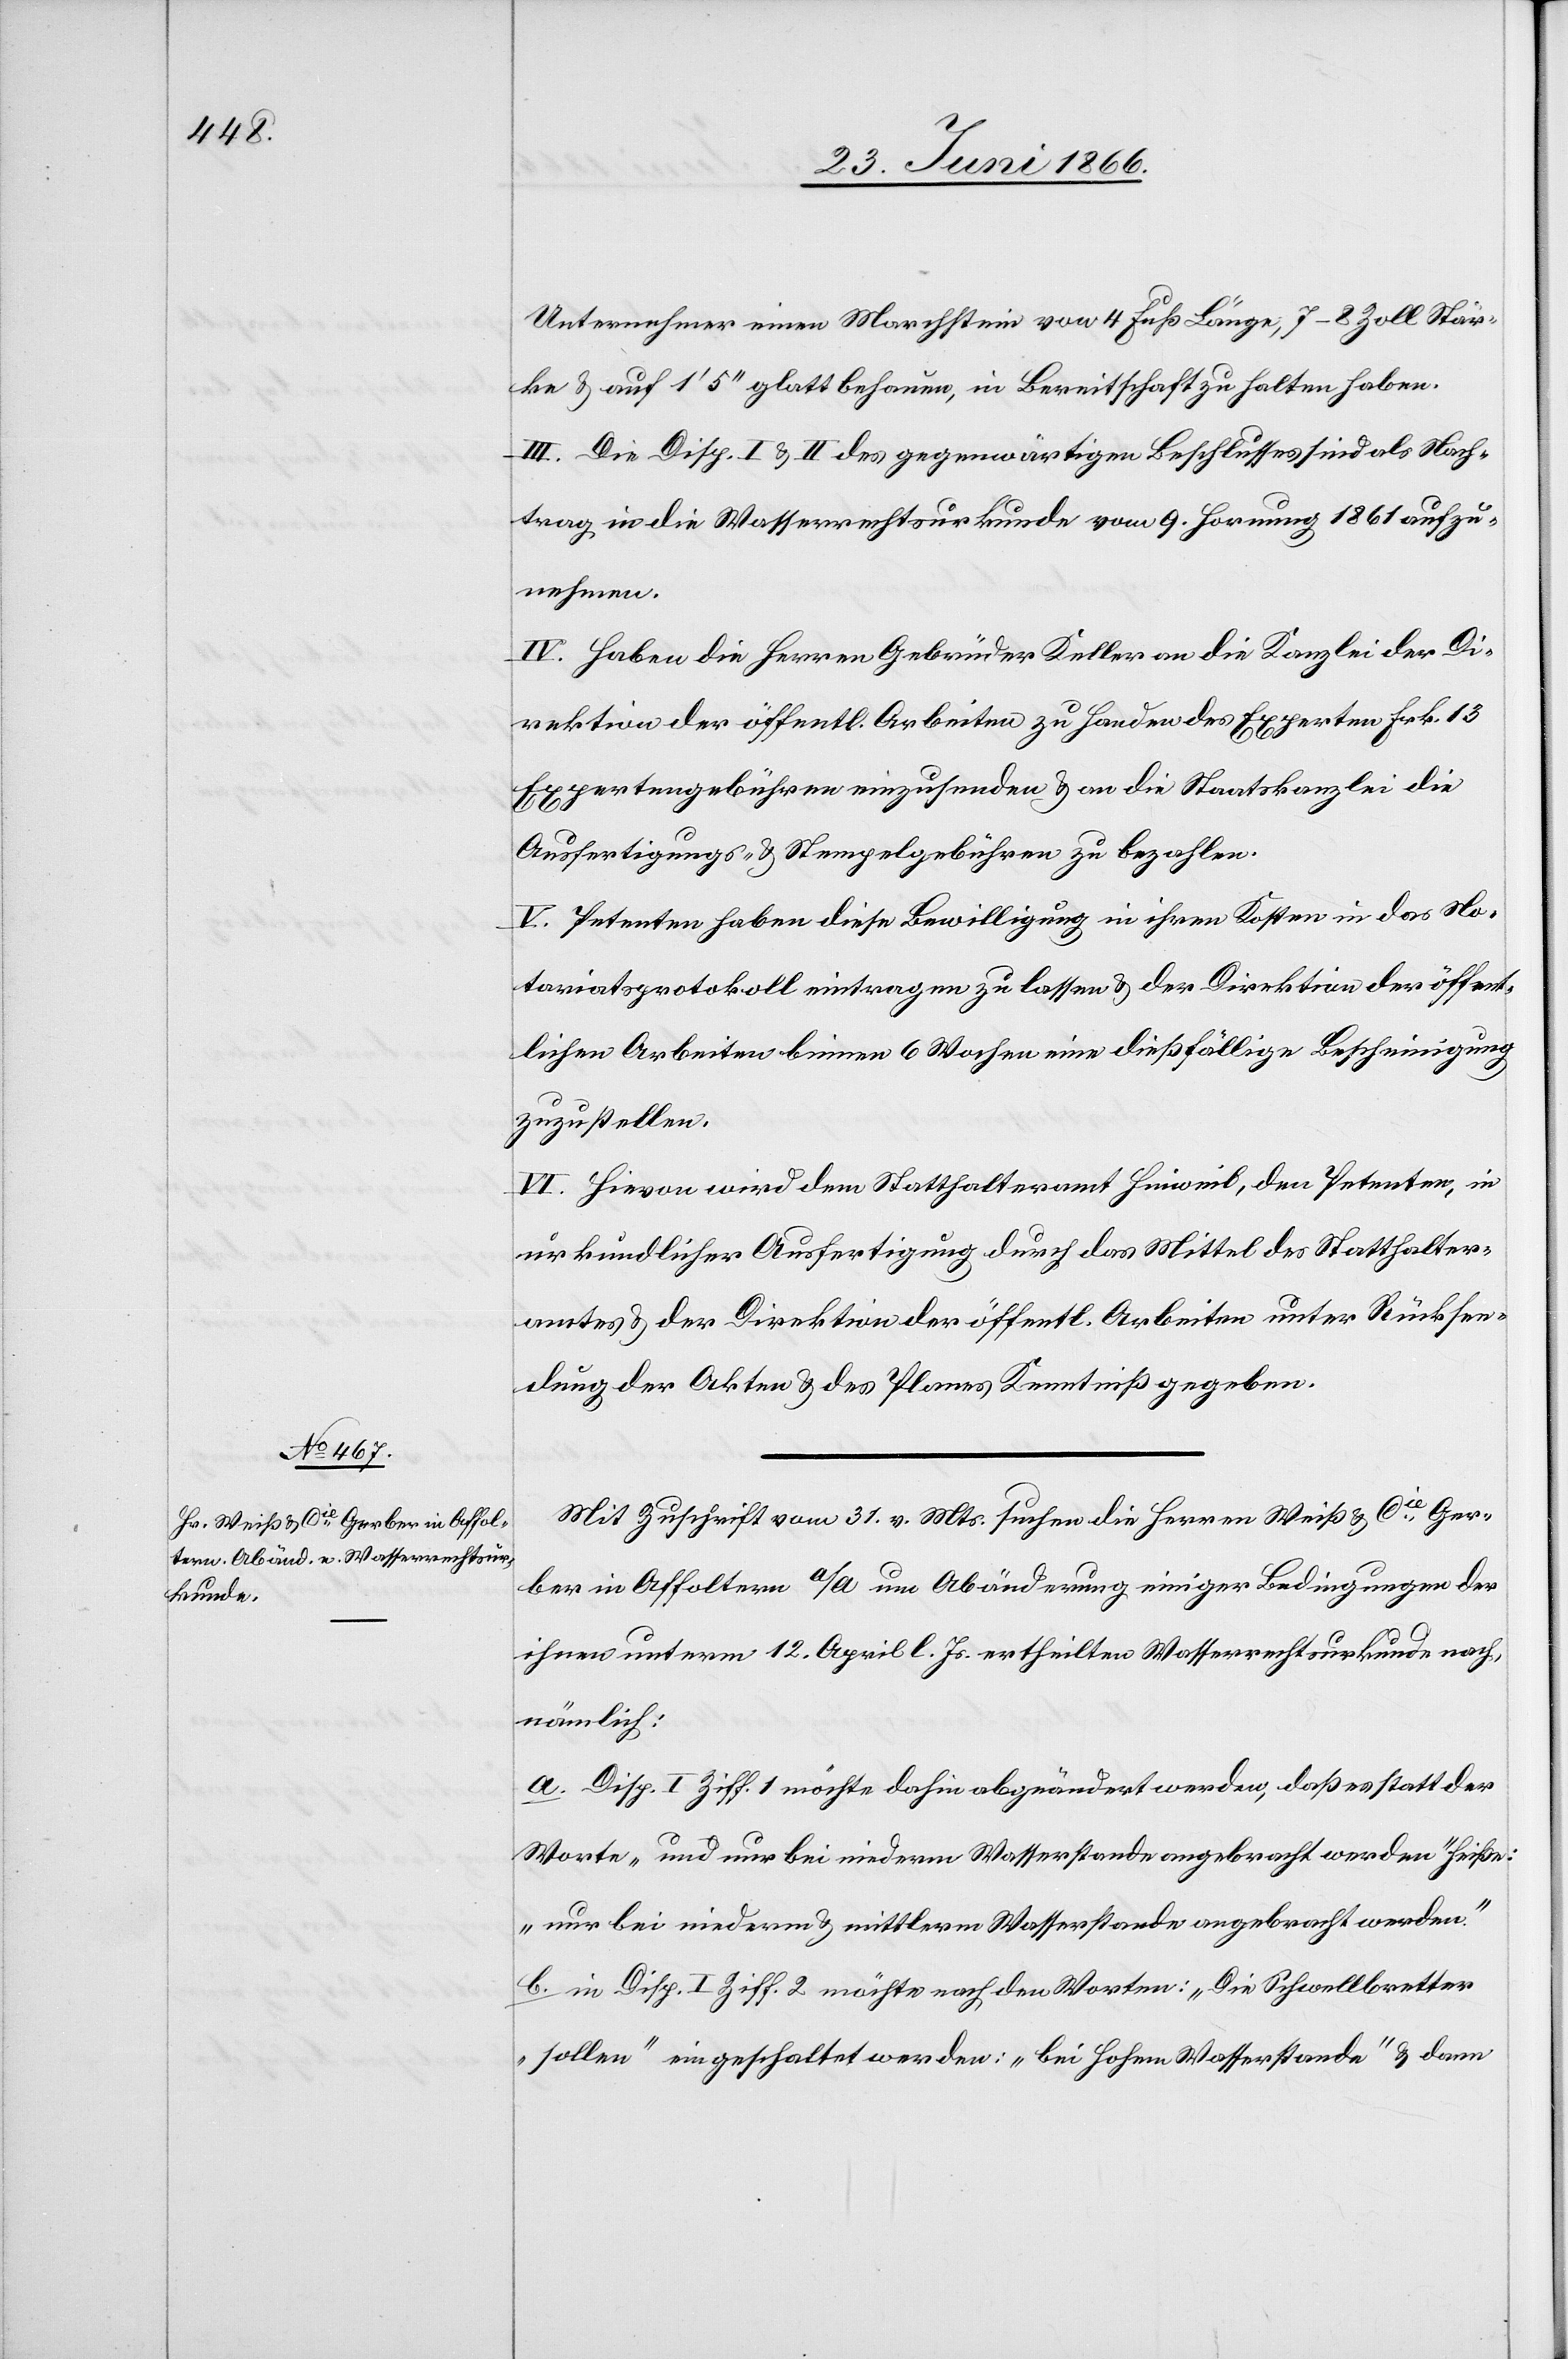
Unternehmer einen Marchstein von 4 Fuß Länge, 7–8 Zoll Stär¬
ke u. auf 1‘ 5‘‘ glatt behauen, in Bereitschaft zu halten haben.
IIl. Die Disp. I u. II des gegenwärtigen Beschlusses sind als Nach¬
trag in die Wasserrechtsurkunde vom 9. Hornung 1861 aufzu¬
nehmen.
IV. Haben die Herren Gebrüder Keller an die Kanzlei der Di¬
rektion der öffentl. Arbeiten zu Handen des Experten Frk. 13
Expertengebühren einzusenden u. an die Staatskanzlei die
Ausfertigungs- u. Stempelgebühren zu bezahlen.
V. Petenten haben diese Bewilligung in ihren Kosten in das No¬
tariatsprotokoll eintragen zu lassen u. der Direktion der öffent¬
lichen Arbeiten binnen 6 Wochen eine dießfällige Bescheinigung
zuzustellen.
VI. Hievon wird dem Statthalteramt Hinweil, den Petenten, in
urkundlicher Ausfertigung durch das Mittel des Statthalter¬
amtes u. der Direktion der öffentl. Arbeiten unter Rücksen¬
dung der Akten u. des Planes Kenntniß gegeben.
Mit Zuschrift vom 31. v. Mts suchen die Herren Weiß & Cie. Ger¬
ber in Affoltern a/A um Abänderung einiger Bedingungen der
ihnen unterm 12. April l. Js. ertheilten Wasserrechtsurkunde nach,
nämlich:
a. Disp. I möchte dahin abgeändert werden, daß es statt der
Worte „und nur bei niederm Wasserstand angebracht werden“ heiße:
„nur bei niederm u. mittlerm Wasserstande angebracht werden.“
b. in Disp. I Ziff. 2 möchte nach den Worten: „Die Schwellbretter
sollen“ eingeschaltet werden: „bei hohem Wasserstande“ u. dann